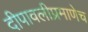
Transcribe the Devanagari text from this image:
दीपावलीप्रमाणेच